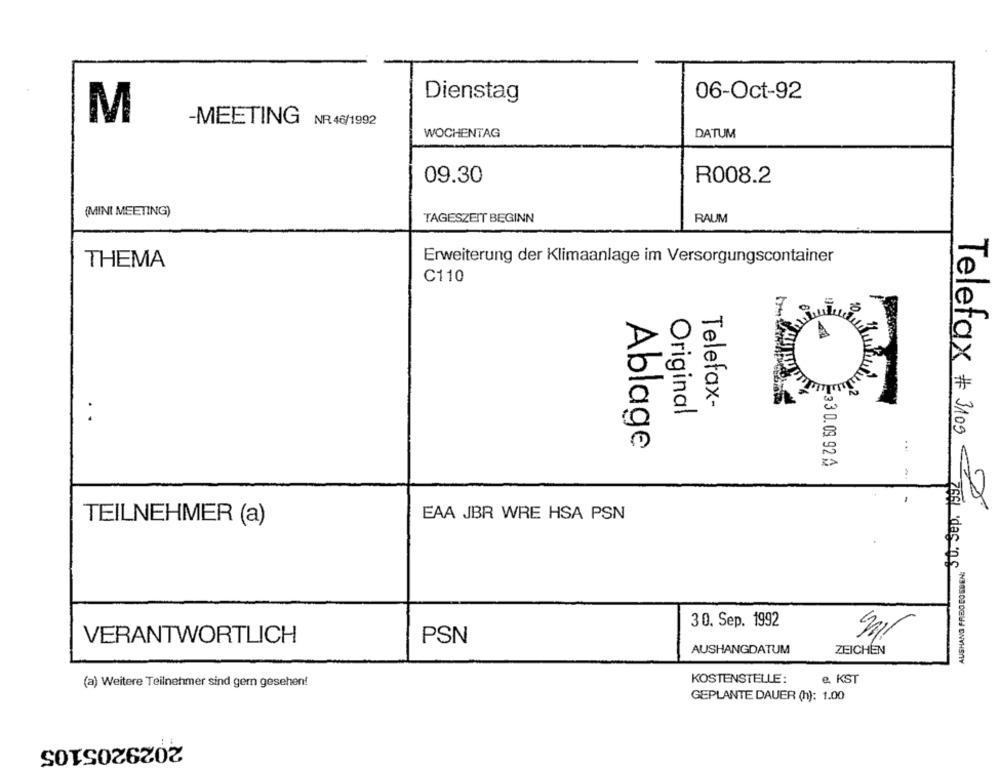
Dienstag
06-Oct-92
M
-MEETING NR.46/1992
WOCHENTAG
DATUM
09.30
R008.2
(MINI MEETING)
TAGESZEIT BEGINN
RAUM
Erweiterung der Klimaanlage im Versorgungscontainer
THEMA
C110
-
×
Telefax-
.
Original
Ablage
23 3 0.03 92 A
Telefax # 3109 2
TEILNEHMER (a)
EAA JBR WRE HSA PSN
7661 .das ns
30. Sep. 1992
VERANTWORTLICH
PSN
AUSHANGDATUM
ZEICHEN
(a) Weitere Teilnehmer sind gern gesehen!
KOSTENSTELLE:
e. KST
GEPLANTE DAUER (h): 1.00
2029205105